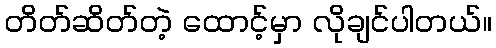
တိတ်ဆိတ်တဲ့ ထောင့်မှာ လိုချင်ပါတယ်။